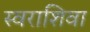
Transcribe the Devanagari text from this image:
स्वराशिवा